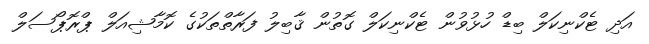
އަދި ޓެކްނިކަލް ބިޑް ހުޅުވުން ޓެކްނިކަލް ގޮތުން ޤާބިލު ފަރާތްތަކުގެ ކޮމާޝިއަލް ޕްރޮޕޯސަލް